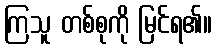
ကြသူ တစ်စုကို မြင်ရ၏။